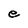
Character: e